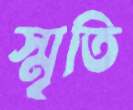
স্মৃতি